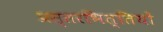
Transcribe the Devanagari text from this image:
प्रस्तरभित्तियों